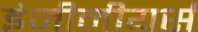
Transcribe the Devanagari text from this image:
इंजीनीयर्स